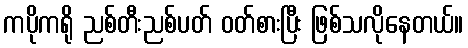
ကပိုကရို ညစ်တီးညစ်ပတ် ဝတ်စားပြီး ဖြစ်သလိုနေတယ်။